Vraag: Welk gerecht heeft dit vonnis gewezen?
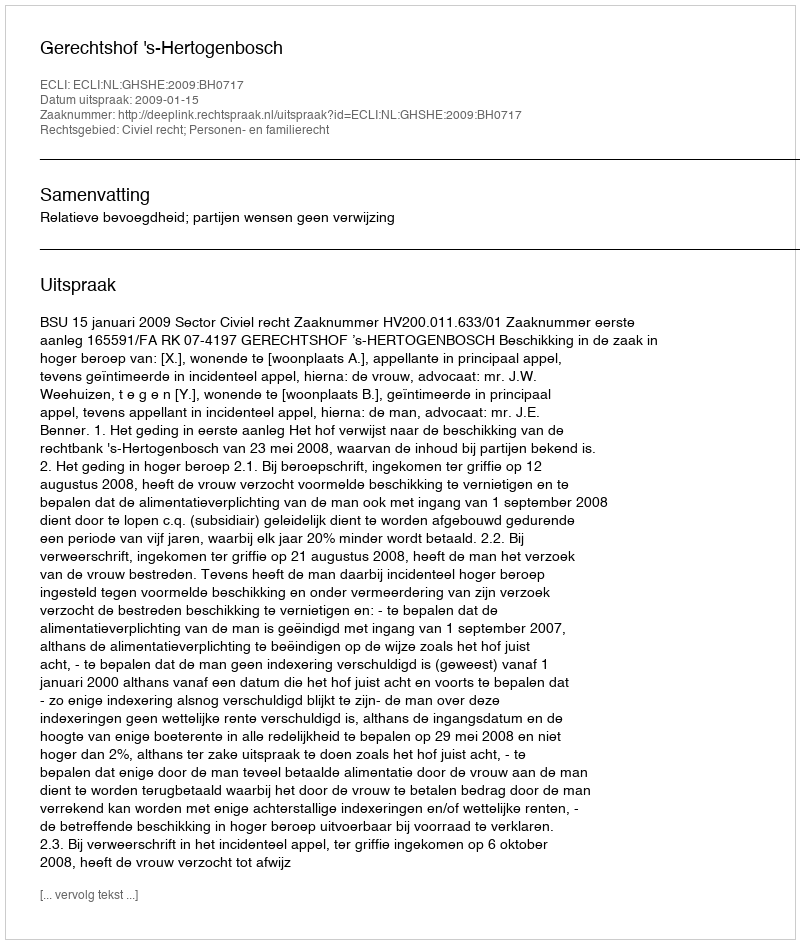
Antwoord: Gerechtshof 's-Hertogenbosch